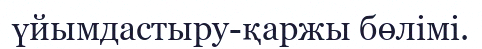
үйымдастыру-қаржы бөлімі.